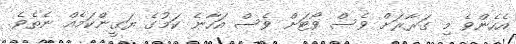
އެހެންވެ މި ގަރާރަށް ވެސް ވޯޓަށް ވެސް އަހާނެ ކަމުގެ ޔަގީންކަމެއް ނެތެވެ.